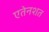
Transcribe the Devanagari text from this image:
एतेनशत